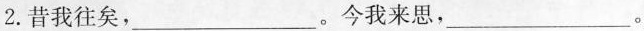
2.昔我往矣，___。今我来思，___。